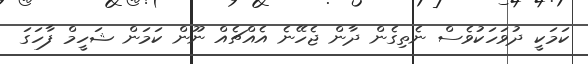
ކަމަކީ ދުވަހަކުވެސް ނެތިގެން ދާން ޖެހޭނެ އެއްޗެއް ނޫން ކަމަން ޝަހީމް ފާހަގަ